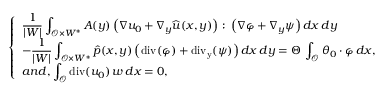
\displaystyle \left\{ \begin{array} { l } { \displaystyle \frac { 1 } { | W | } \int _ { { \mathcal { O } } \times W ^ { * } } A ( y ) \left( \nabla \boldsymbol { u _ { 0 } } + \nabla _ { y } \widehat { \boldsymbol u } ( x , y ) \right) \colon \left( \nabla \boldsymbol \varphi + \nabla _ { y } \boldsymbol \psi \right) d x \, d y } \\ { - \displaystyle \frac { 1 } { | W | } \int _ { { \mathcal { O } } \times W ^ { * } } \hat { p } ( x , y ) \left( \operatorname { d i v } ( \boldsymbol \varphi ) + \operatorname { d i v _ { y } } ( \boldsymbol \psi ) \right) d x \, d y = \Theta \, \int _ { { \mathcal { O } } } \boldsymbol { \boldsymbol { \theta } _ { 0 } } \cdot \boldsymbol \varphi \, d x , } \\ { a n d , \displaystyle \int _ { { \mathcal { O } } } \operatorname { d i v } ( \boldsymbol { u _ { 0 } } ) \, w \, d x = 0 , } \end{array} \right.